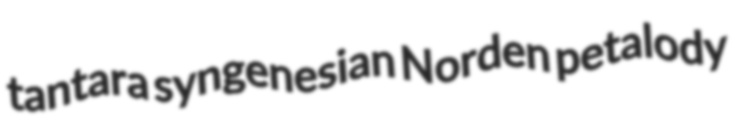
tantara syngenesian Norden petalody